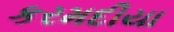
કરમદીયા